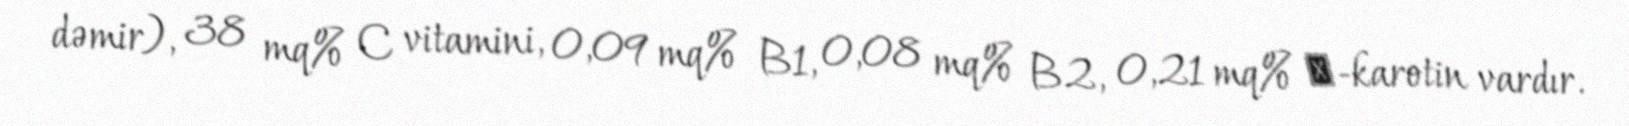
dəmir), 38 mq% C vitamini, 0,09 mq% B1, 0,08 mq% B2, 0,21 mq% β-karotin vardır.